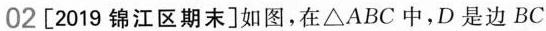
02[2019锦江区期末]如图，在△ABC中，D是边BC